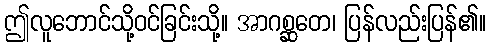
ဤလူဘောင်သို့ဝင်ခြင်းသို့။ အာဂစ္ဆတေ၊ ပြန်လည်းပြန်၏။